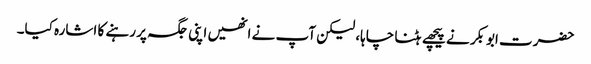
حضرت ابوبکر نے پیچھے ہٹنا چاہا، لیکن آپ نے انھیں اپنی جگہ پر رہنے کا اشارہ کیا۔